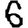
Digit: 6